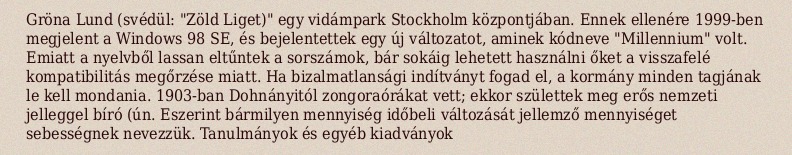
Gröna Lund (svédül: "Zöld Liget)" egy vidámpark Stockholm központjában. Ennek ellenére 1999-ben megjelent a Windows 98 SE, és bejelentettek egy új változatot, aminek kódneve "Millennium" volt. Emiatt a nyelvből lassan eltűntek a sorszámok, bár sokáig lehetett használni őket a visszafelé kompatibilitás megőrzése miatt. Ha bizalmatlansági indítványt fogad el, a kormány minden tagjának le kell mondania. 1903-ban Dohnányitól zongoraórákat vett; ekkor születtek meg erős nemzeti jelleggel bíró (ún. Eszerint bármilyen mennyiség időbeli változását jellemző mennyiséget sebességnek nevezzük. Tanulmányok és egyéb kiadványok